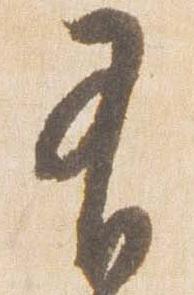
有